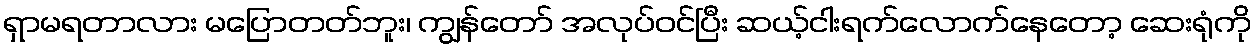
ရှာမရတာလား မပြောတတ်ဘူး၊ ကျွန်တော် အလုပ်ဝင်ပြီး ဆယ့်ငါးရက်လောက်နေတော့ ဆေးရုံကို